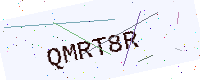
Text: QMRT8R